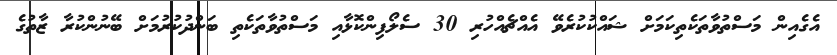
އެގެއިން މަސްތުވާތަކެތިކަމަށް ޝައްކުކުރެވޭ އެއްޗެއްހުރި 30 ސެލޯފިންކޮޅާއި މަސްތުވާތަކެތި ބަންދުކުރުމަށް ބޭނުންކުރާ ޒާތުގެ